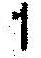
1